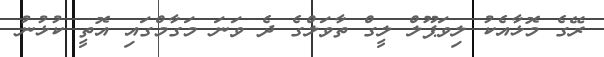
ރޭގެ މޮޅާއެކު ލިވަޕޫލް ލީގް ތާވަލްގެ ދެ ވަނަ މަގާމްގައި އޮތީ ކުޅުނު